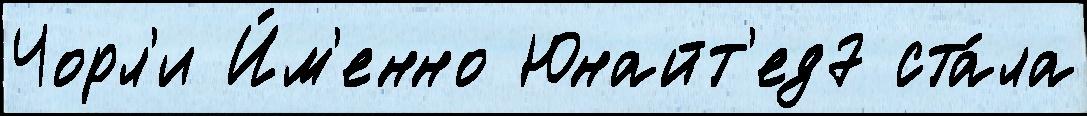
Чорл'и И́м'енно Юнайт'ед7 ста́ла